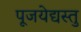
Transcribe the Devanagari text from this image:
पूजयेद्यस्तु